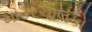
માટરચાલકો